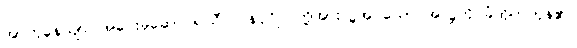
အာဟုနေယျာ၊ အဝေးမှဆောင်၍သီလဝန်ပုဂ္ဂိုလ်တို့အားလှူအပ်သော အလှူကို ခံထိုက်ကုန်၏။